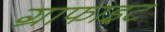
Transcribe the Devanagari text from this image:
ग्राफाइट